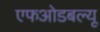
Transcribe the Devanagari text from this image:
एफओडबल्यू